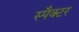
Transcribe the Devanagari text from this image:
स्पैक्टर